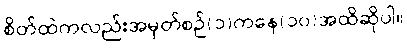
စိတ်ထဲကလည်းအမှတ်စဉ်(၁)ကနေ(၁၀)အထိဆိုပါ။